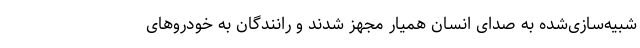
شبیه‌سازی‌شده به صدای انسانِ همیار مجهز شدند و رانندگان به خودروهای